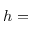
h =